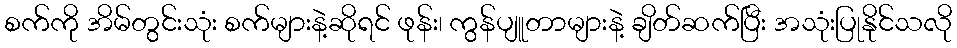
စက်ကို အိမ်တွင်းသုံး စက်များနဲ့ဆိုရင် ဖုန်း၊ ကွန်ပျူတာများနဲ့ ချိတ်ဆက်ပြီး အသုံးပြုနိုင်သလို